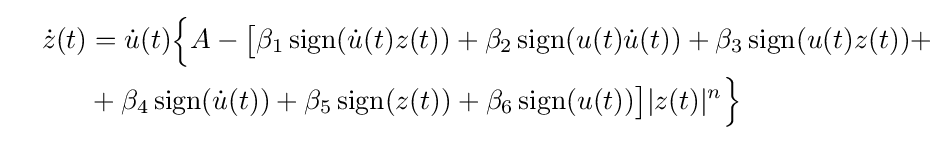
{\begin{aligned}\quad {\dot {z}}(t)&={\dot {u}}(t){\Big \{}A-{\big [}\beta _{1}\operatorname {sign} ({\dot {u}}(t)z(t))+\beta _{2}\operatorname {sign} (u(t){\dot {u}}(t))+\beta _{3}\operatorname {sign} (u(t)z(t))+\\&+\beta _{4}\operatorname {sign} ({\dot {u}}(t))+\beta _{5}\operatorname {sign} (z(t))+\beta _{6}\operatorname {sign} (u(t)){\big ]}|z(t)|^{n}{\Big \}}\end{aligned}}